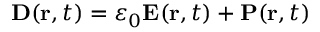
\boldsymbol { \mathbf { D } } ( \boldsymbol { \mathbf { r } } , t ) = \varepsilon _ { 0 } \boldsymbol { \mathbf { E } } ( \boldsymbol { \mathbf { r } } , t ) + \boldsymbol { \mathbf { P } } ( \boldsymbol { \mathbf { r } } , t )